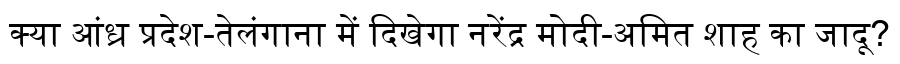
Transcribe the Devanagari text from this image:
क्या आंध्र प्रदेश-तेलंगाना में दिखेगा नरेंद्र मोदी-अमित शाह का जादू?